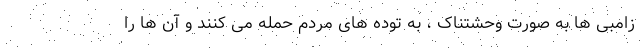
زامبی ها به صورت وحشتناک ، به توده های مردم حمله می کنند و آن ها را